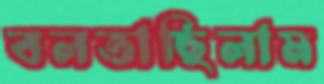
বলতাছিলাম